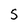
Character: S